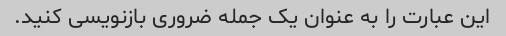
این عبارت را به عنوان یک جمله ضروری بازنویسی کنید.